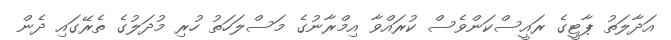
އަދާލަތު ޕާޓީގެ ރައީސްކަންވެސް ކުރައްވާ އިމްރާނުގެ މަސްލަހަތު ހުރި މުދަލުގެ ތެރޭގައި ދެން